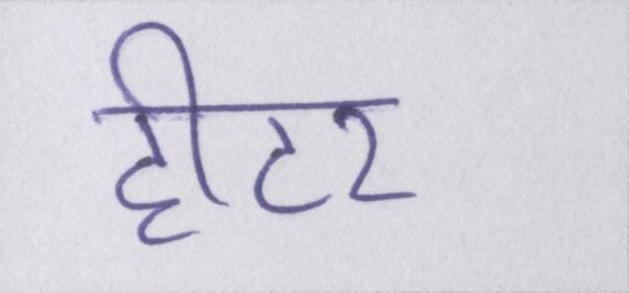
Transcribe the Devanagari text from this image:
हीटर